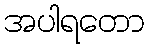
အပါရတော